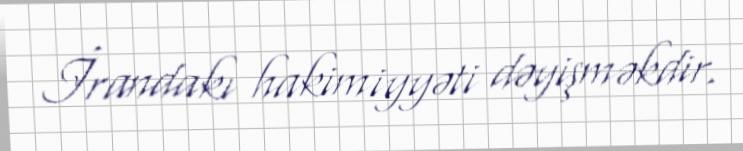
İrandakı hakimiyyəti dəyişməkdir.